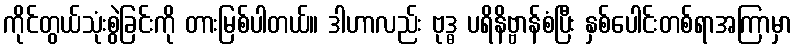
ကိုင်တွယ်သုံးစွဲခြင်းကို တားမြစ်ပါတယ်။ ဒါဟာလည်း ဗုဒ္ဓ ပရိနိဗ္ဗာန်စံပြီး နှစ်ပေါင်းတစ်ရာအကြာမှာ